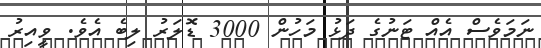
ނަމަވެސް އެއް ޓަނުގެ ދަޅު މަހުން 3000 ޑޮލަރު ލިބެ އެވެ. ވީއިރު